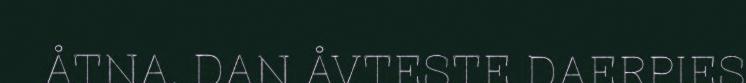
ÅTNA. DAN ÅVTESTE DAERPIES